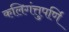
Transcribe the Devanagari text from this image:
कलिगंत्तुपर्णि